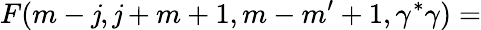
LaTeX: F(m-\mathit{j},\mathit{j}+m+1,m-m^{\prime}+1,\gamma^{*}\gamma)=